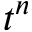
t ^ { n }